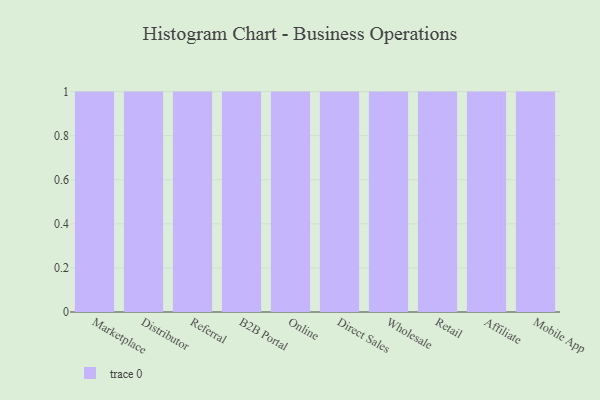
{"axis": {"x": "Channel", "y": "Headcount"}, "legend": [""], "data": [{"x": "Marketplace", "y": 95, "type": ""}, {"x": "Distributor", "y": 11, "type": ""}, {"x": "Referral", "y": 59, "type": ""}, {"x": "B2B Portal", "y": 41, "type": ""}, {"x": "Online", "y": 70, "type": ""}, {"x": "Direct Sales", "y": 43, "type": ""}, {"x": "Wholesale", "y": 1, "type": ""}, {"x": "Retail", "y": 54, "type": ""}, {"x": "Affiliate", "y": 72, "type": ""}, {"x": "Mobile App", "y": 31, "type": ""}]}